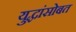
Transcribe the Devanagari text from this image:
युद्धांसोबत